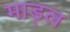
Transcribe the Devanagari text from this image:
माड्ल